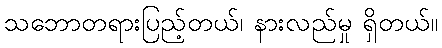
သဘောတရားပြည့်တယ်၊ နားလည်မှု ရှိတယ်။